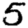
Digit: 5